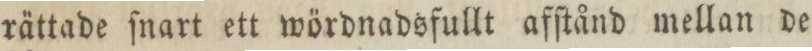
rättade ſnart ett wördnadsfullt afſtånd mellan de